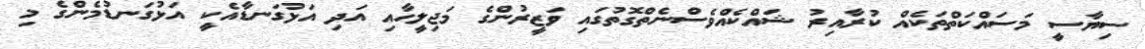
ސިޔާސީ މަސައްކަތްތަކެއް ކުރާއިރު ޝައްކެއްވެސްނެތްގޮތުގައި ވަޒީރުންގެ މަޖިލީހާއި އަދި އަޅުގަނޑާއެކީ އަޅުގަނޑުމެންގެ މި